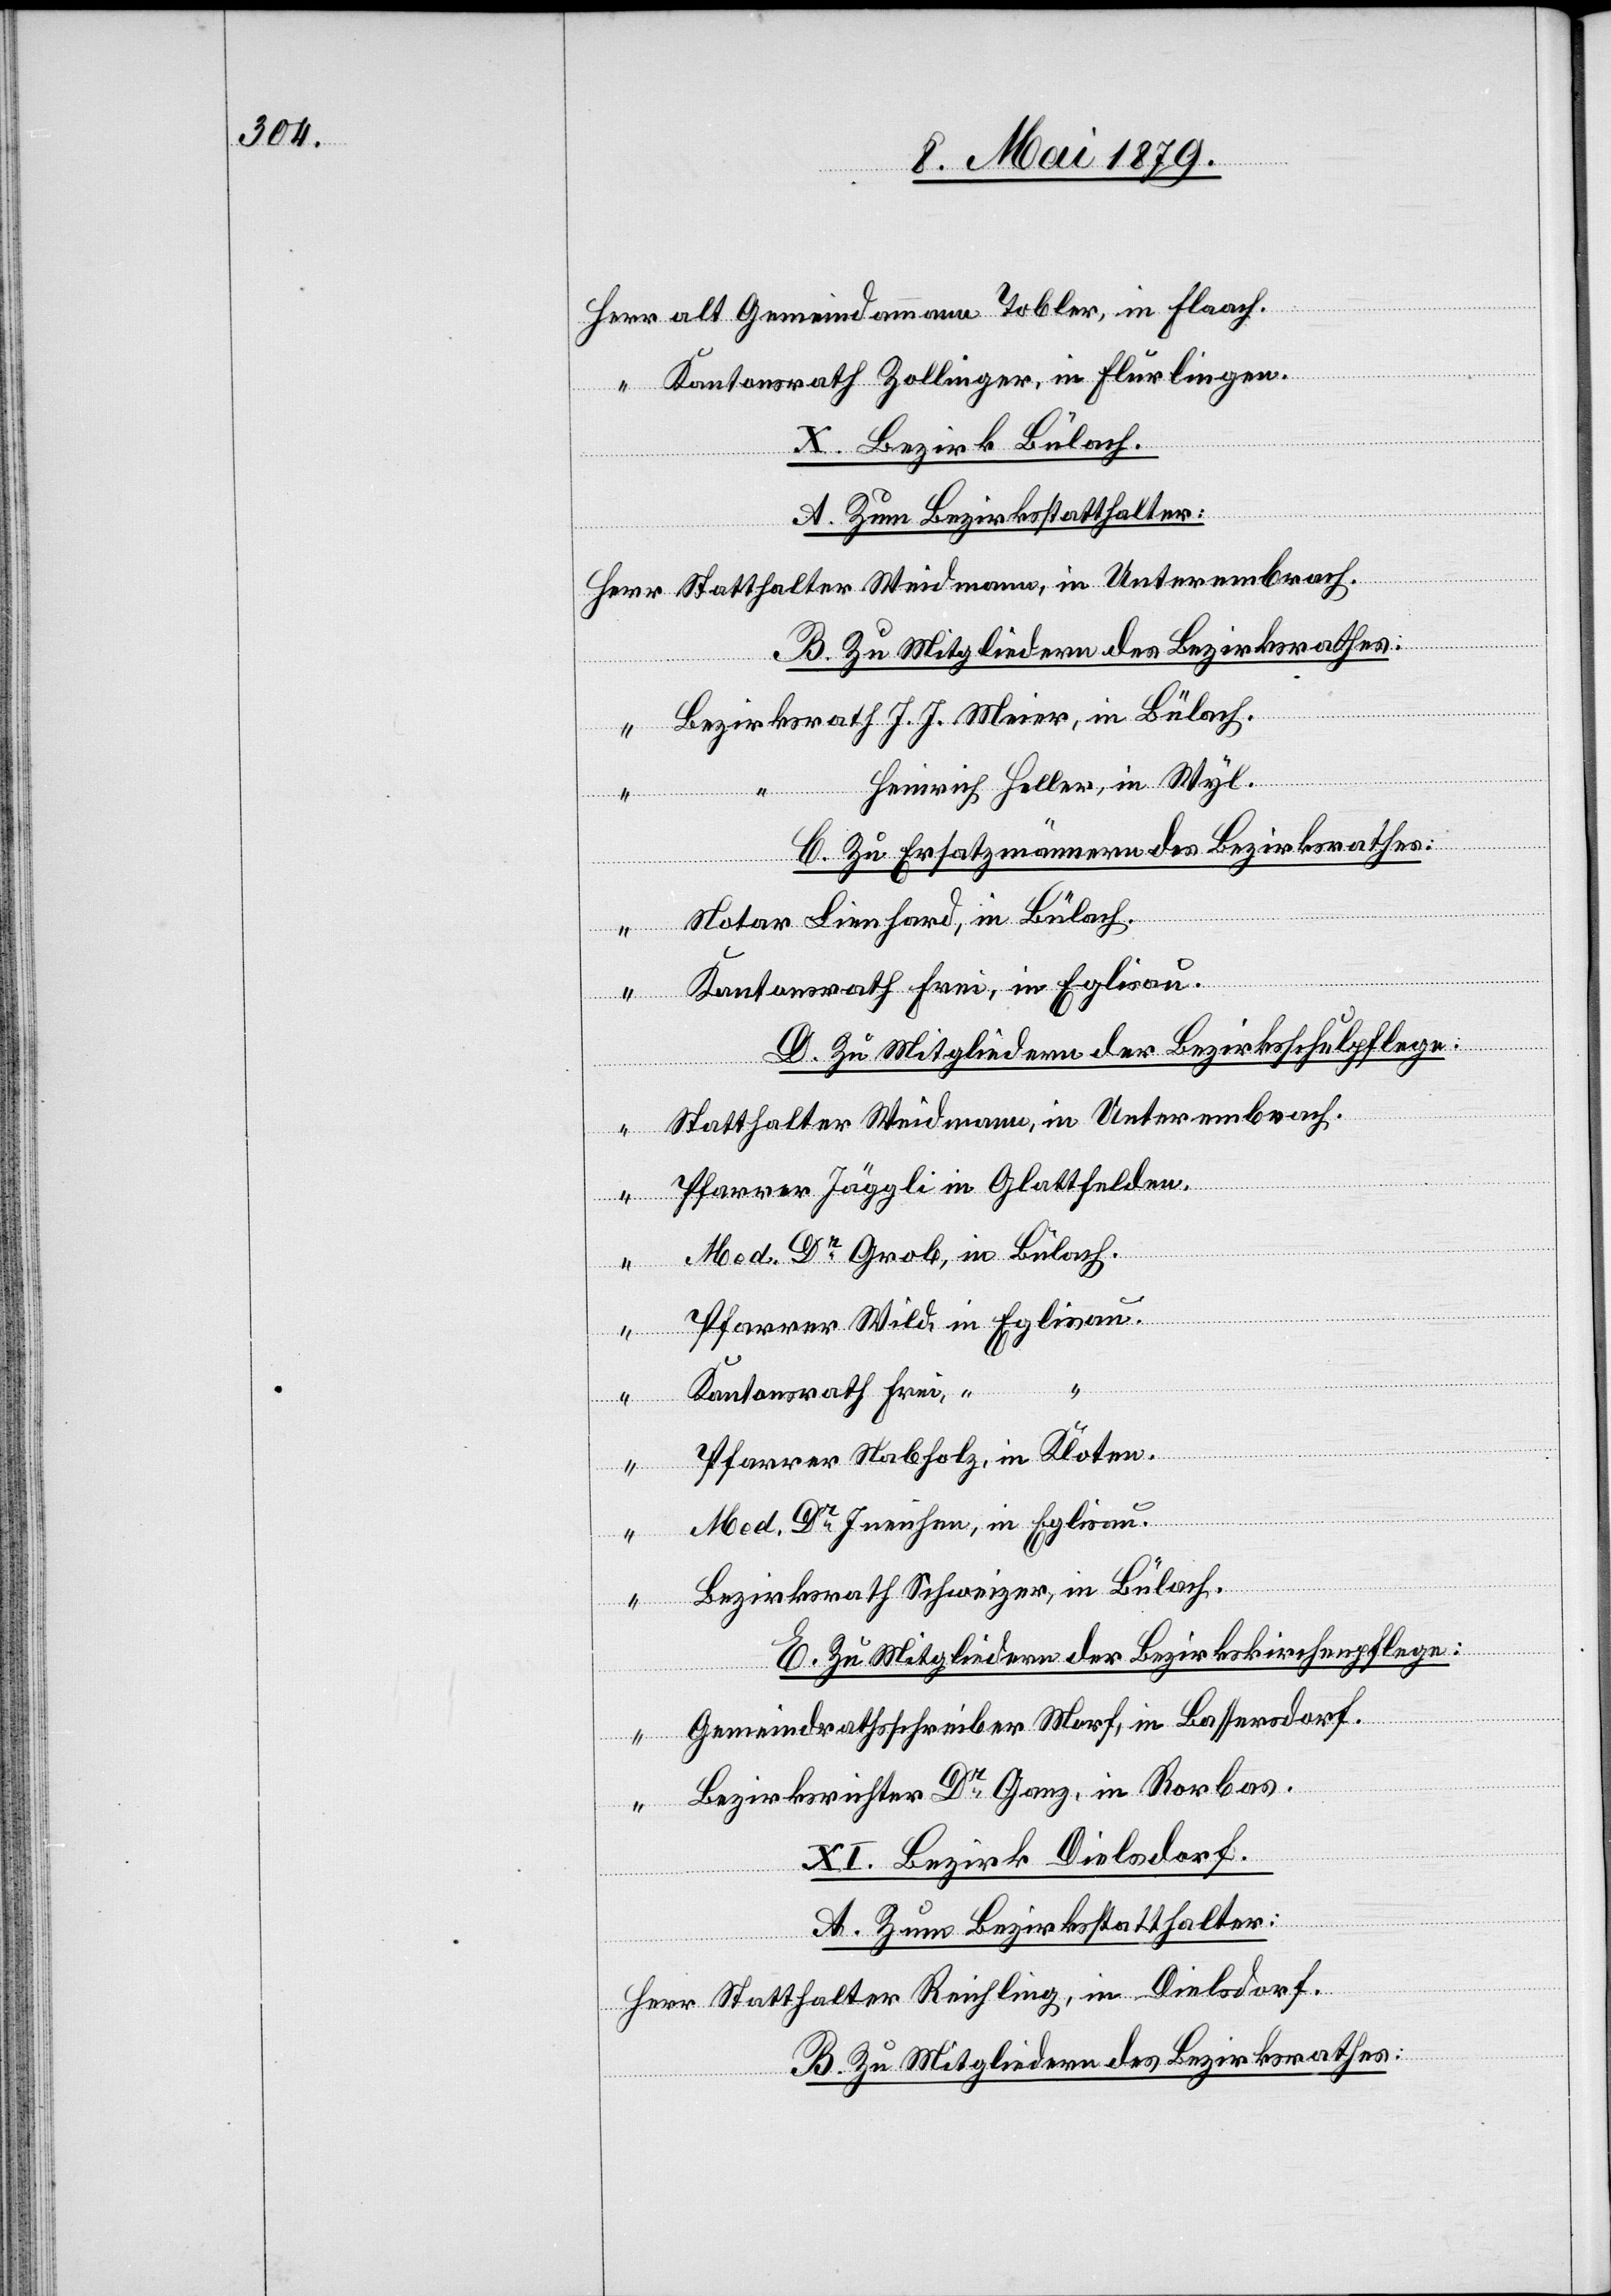
“
alt Gemeindammann Tobler, in Flaach.
Kantonsrath Zollinger, in Flurlingen.
X. Bezirk Bülach.
A. Zum Bezirksstatthalter:
B. Zu Mitgliedern des Bezirksrathes:
Bezirksrath J. J. Meier, in Bülach.
Heinrich Heller, in Wyl.
C. Zu Ersatzmännern des Bezirksrathes:
“
Notar Lienhard, in Bülach.
Kantonsrath Frei, in Eglisau.
D. Zu Mitgliedern der Bezirksschulpflege:
Diels¬
Statthalter Weidmann, in Unterembrach.
Pfarrer Jäggli in Glattfelden.
thalter
Med. Dr Grob, in Bülach.
Pfarrer Wild, in Eglisau.
Kantonsrath Frei, “
Pfarrer Nabholz, in Kloten.
Med. Dr Ineichen, in Eglisau.
dorf.
Bezirksrath Schweizer, in Bülach.
E. Zu Mitgliedern der Bezirkskirchenpflege:
Gemeindrathsschreiber Morf, in Bassersdorf.
Bezirksrichter Dr Ganz, in Rorbas.
ng, in
XI. Bezirk Dielsdorf.
A. Zum Bezirksstatthalter:
B. Zu Mitgliedern des Bezirksrathes: